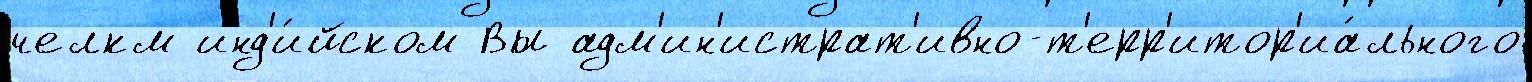
челкм инд'и́йском Вы адм'ин'истрат'ивно-т'ерр'итор'иа́льного